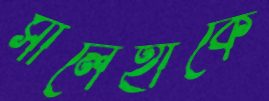
সালেহীকে